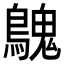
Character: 𪄔